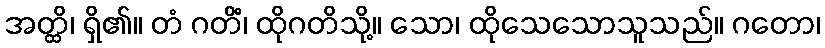
အတ္ထိ၊ ရှိ၏။ တံ ဂတိံ၊ ထိုဂတိသို့။ သော၊ ထိုသေသောသူသည်။ ဂတော၊